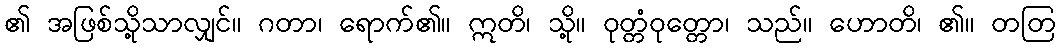
၏ အဖြစ်သို့သာလျှင်။ ဂတာ၊ ရောက်၏။ ဣတိ၊ သို့။ ဝုတ္တံဝုတ္တော၊ သည်။ ဟောတိ၊ ၏။ တတြ